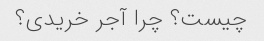
چیست؟ چرا آجر خریدی؟